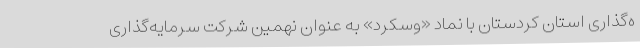
ه‌گذاری استان کردستان با نماد «وسکرد» به عنوان نهمین شرکت سرمایه‌گذاری